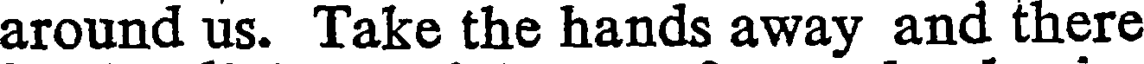
around us. Take the hands away and there